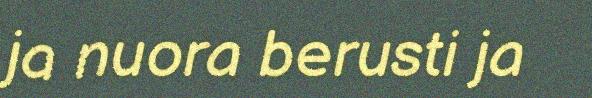
ja nuora berusti ja